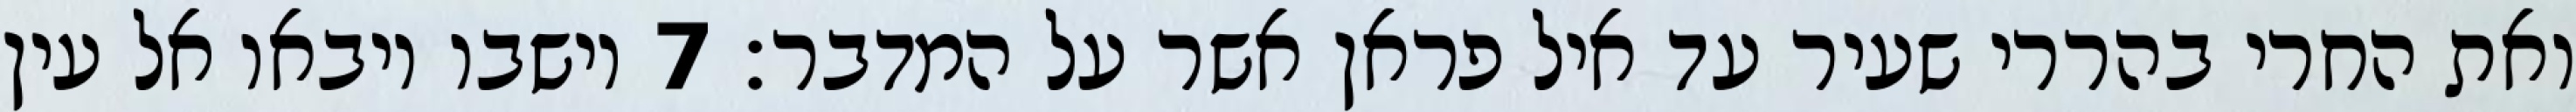
ואת החרי בהררי שעיר עד איל פראן אשר על המדבר׃ ‎7‏ וישבו ויבאו אל עין